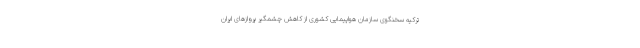
ترکیه سخنگوی سازمان هواپیمایی کشوری از کاهش چشمگیر پروازهای ایران